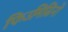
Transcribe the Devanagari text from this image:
फिउमिसिनो